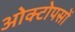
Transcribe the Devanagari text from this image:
ओक्टोपसों